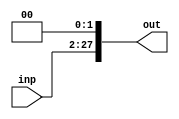

module SHL26bit(inp,out);
    input [25:0] inp;
    output reg[27:0] out;
    always@(inp)
        out = {inp ,2'b00};
endmodule